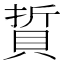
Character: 𫎘